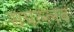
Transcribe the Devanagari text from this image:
सपल्लवं